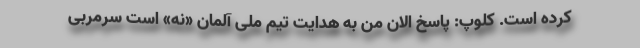
کرده است. کلوپ: پاسخ الان من به هدایت تیم ملی آلمان «نه» است سرمربی